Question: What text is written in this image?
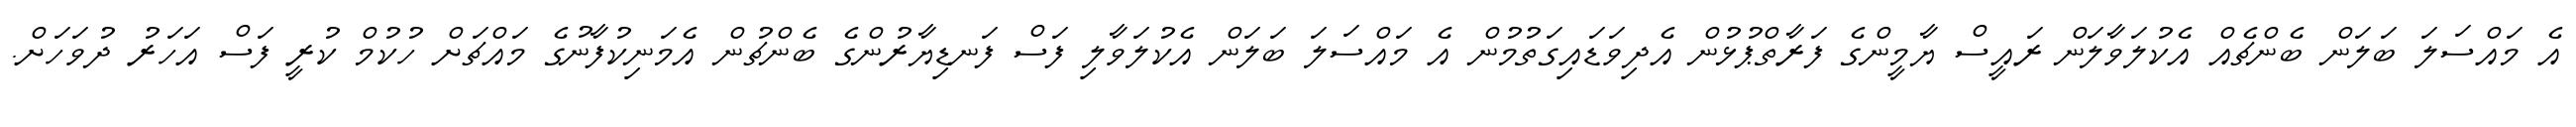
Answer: އެ މައްސަލަ ބަލަން ބެންޗެއް އެކުލަވާލަން ރައީސް ޔާމީންގެ ފަރާތްޕުޅުން އެދިވަޑައިގަތުމުން އެ މައްސަލަ ބަލަން އެކުލަވާލި ފަސް ފަނޑިޔާރުންގެ ބެންޗުން އެމަނިކުފާނުގެ މައްޗަށް ހުކުމް ކުރީ ފަސް އަހަރު ދުވަހަށް.